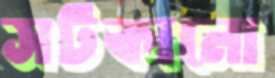
সটকানো